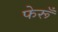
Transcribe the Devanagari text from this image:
फेरूँ